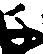
千